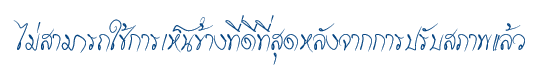
ไม่สามารถใช้การเห็นข้างที่ดีที่สุดหลังจากการปรับสภาพแล้ว